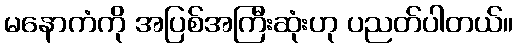
မနောကံကို အပြစ်အကြီးဆုံးဟု ပညတ်ပါတယ်။